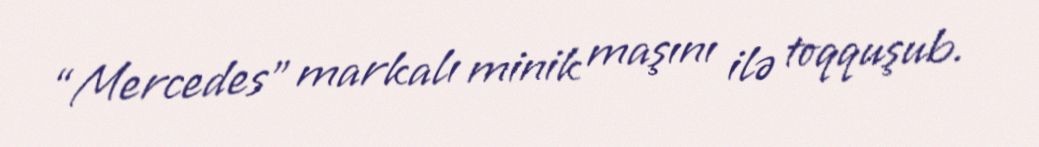
“Mercedes” markalı minik maşını ilə toqquşub.